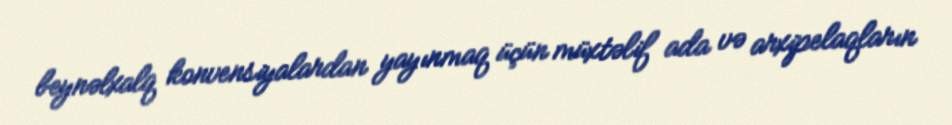
beynəlxalq konvensiyalardan yayınmaq üçün müxtəlif ada və arxipelaqların